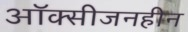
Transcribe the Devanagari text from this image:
ऑक्सीजनहीन